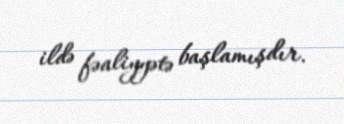
ildə fəaliyyətə başlamışdır.